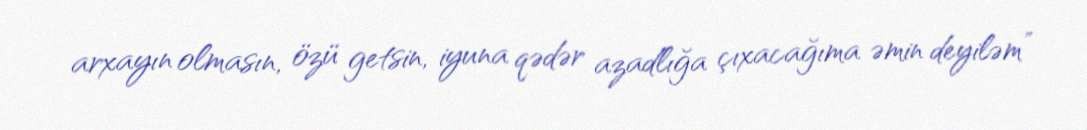
arxayın olmasın, özü getsin, iyuna qədər azadlığa çıxacağıma əmin deyiləm”